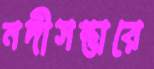
নদীসম্ভারে